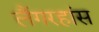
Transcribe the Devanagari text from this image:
लैंगरहांस